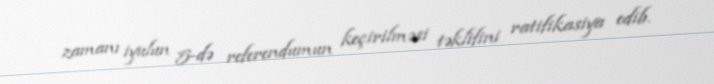
zamanı iyulun 5-də referendumun keçirilməsi təklifini ratifikasiya edib.